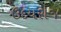
ઉદયરાજ